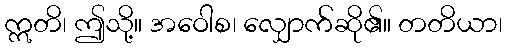
ဣတိ၊ ဤသို့။ အဝေါစ၊ လျှောက်ဆို၏။ တတိယာ၊